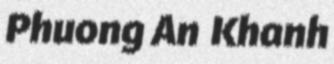
Phuong An Khanh